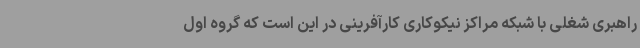
راهبری شغلی با شبکه مراکز نیکوکاری کارآفرینی در این است که گروه اول